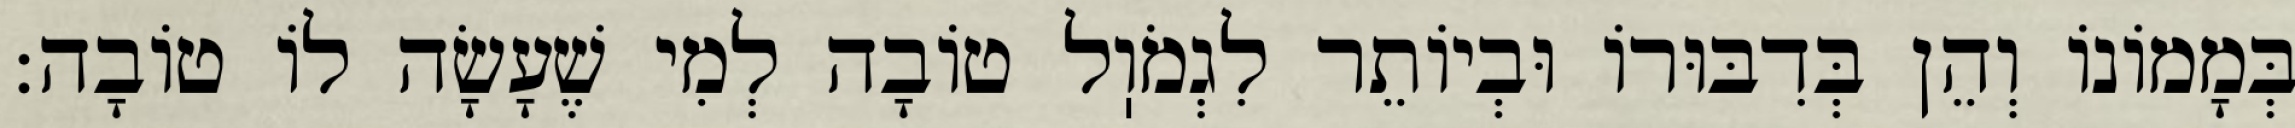
בְּמָמוֹנוֹ וְהֵן בְּדִבּוּרוֹ וּבְיוֹתֵר לִגְמֹוֽל טוֹבָה לְמִי שֶׁעָשָׂה לוֹ טוֹבָה: